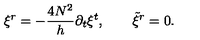
\xi ^ { r } = - { \frac { 4 N ^ { 2 } } { h } } \partial _ { t } \xi ^ { t } , \qquad { \tilde { \xi } } ^ { r } = 0 .